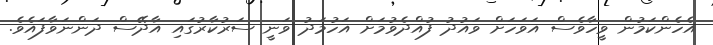
އެހެންކަމުން ވީހާވެސް އަވަހަށް ވައުދު ފުއްދެވުމަށް އަހުމަދު ވަނީ ސަރުކާރުގައި އާދޭސް ދަންނަވާފައެވެ.